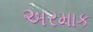
અરમાક